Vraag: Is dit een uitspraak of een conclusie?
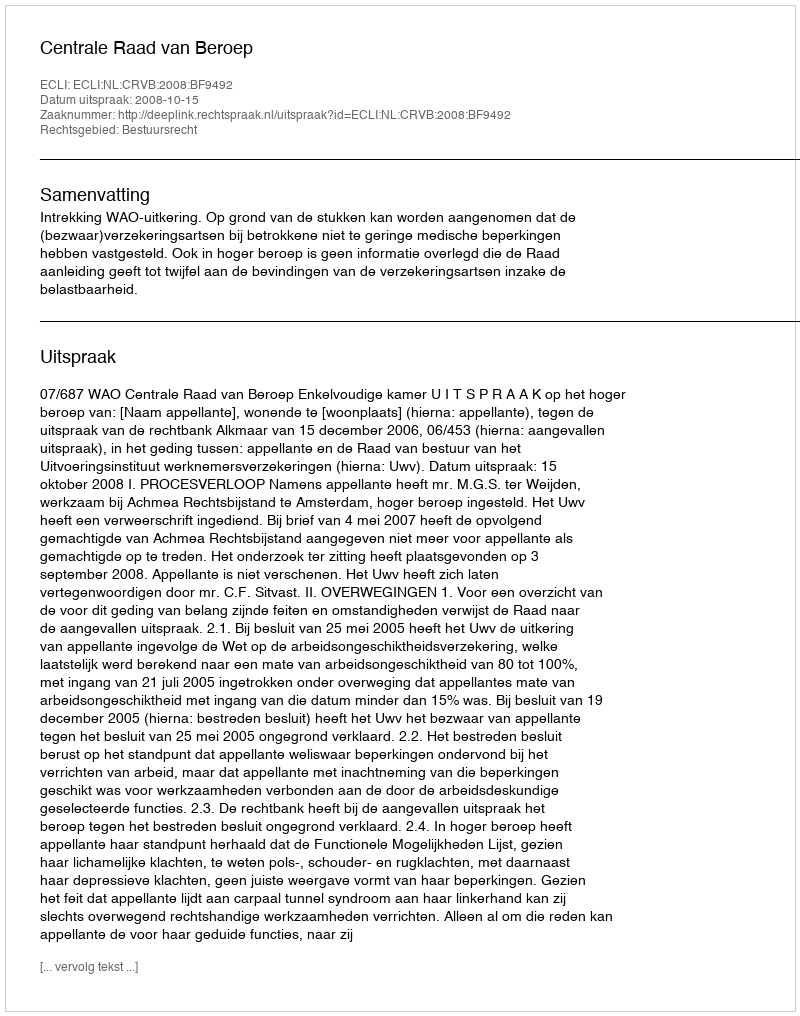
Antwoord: Uitspraak